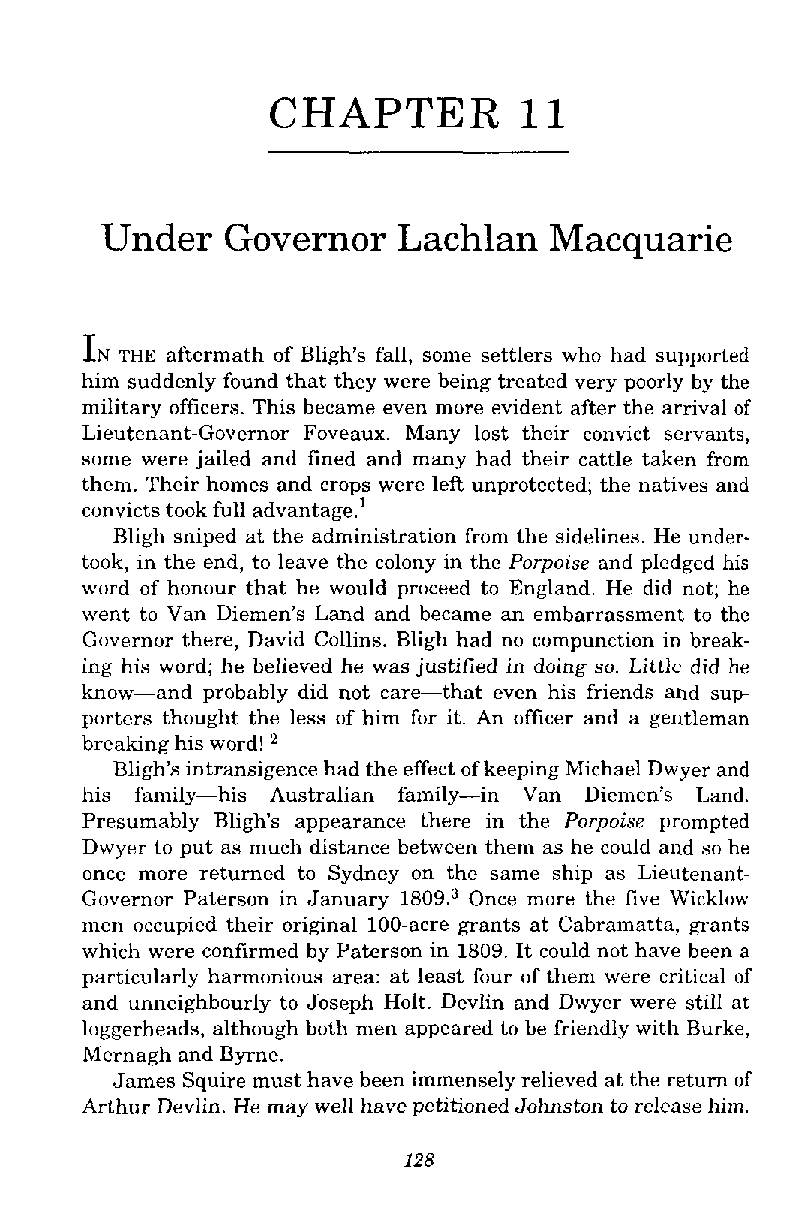
CHAPTER          11
 Under   Governor   Lachlan   Macquarie
 I N
 THE aftermath of Bligh's fall, some settlers who had supported
 him suddenly found that they were being treated very poorly by the
 military officers. This became even more evident after the arrival of
 Lieutenant-Governor Foveaux. Many lost their convict servants,
 some were jailed and fined and many had their cattle taken from
 them. Their homes and crops were left unprotected; the natives and
 convicts took full advantage.'
 Bligh sniped at the administration from the sidelines. He under-
 took, in the end, to leave the colony in the Porpoise and pledged his
 word of honour that he would proceed to England. He did not; he
 went to Van Diemen's Land and became an embarrassment to the
 Governor there, David Collins. Bligh had no compunction in break-
 ing his word; he believed he was justified in doing so. Little did he
 know-and probably did not care-that even his friends and sup-
 porters thought the less of him for it. An officer and a gentleman
 "
 breaking his word!
 Bligh's intransigence had the effect of keeping Michael Dwyer and
 his family-his Australian family-in Van Diemen's Land.
 Presumably Bligh's appearance there in the Porpoise prompted
 Dwyer to put as much distance between them as he could and so he
 once more returned to Sydney on the same ship as Lieutenant-
 Governor Paterson in January 1809,"nce more the five Wicklow
 men occupied their original 100-acre grants at Cabramatta, grants
 which were confirmed by Paterson in 1809. It could not have been a
 particularly harmonious area: at least four of them were critical of
 and unneighbourly to Joseph Holt. Devlin and Dwyer were still at
 loggerheads, although both men appeared to be friendly with Burke,
 Mernagh and Byrne.
 James Squire must have been immensely relieved at the return of
 Arthur Devlin. He may well have petitioned Johnston to release him.